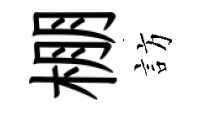
棚訪